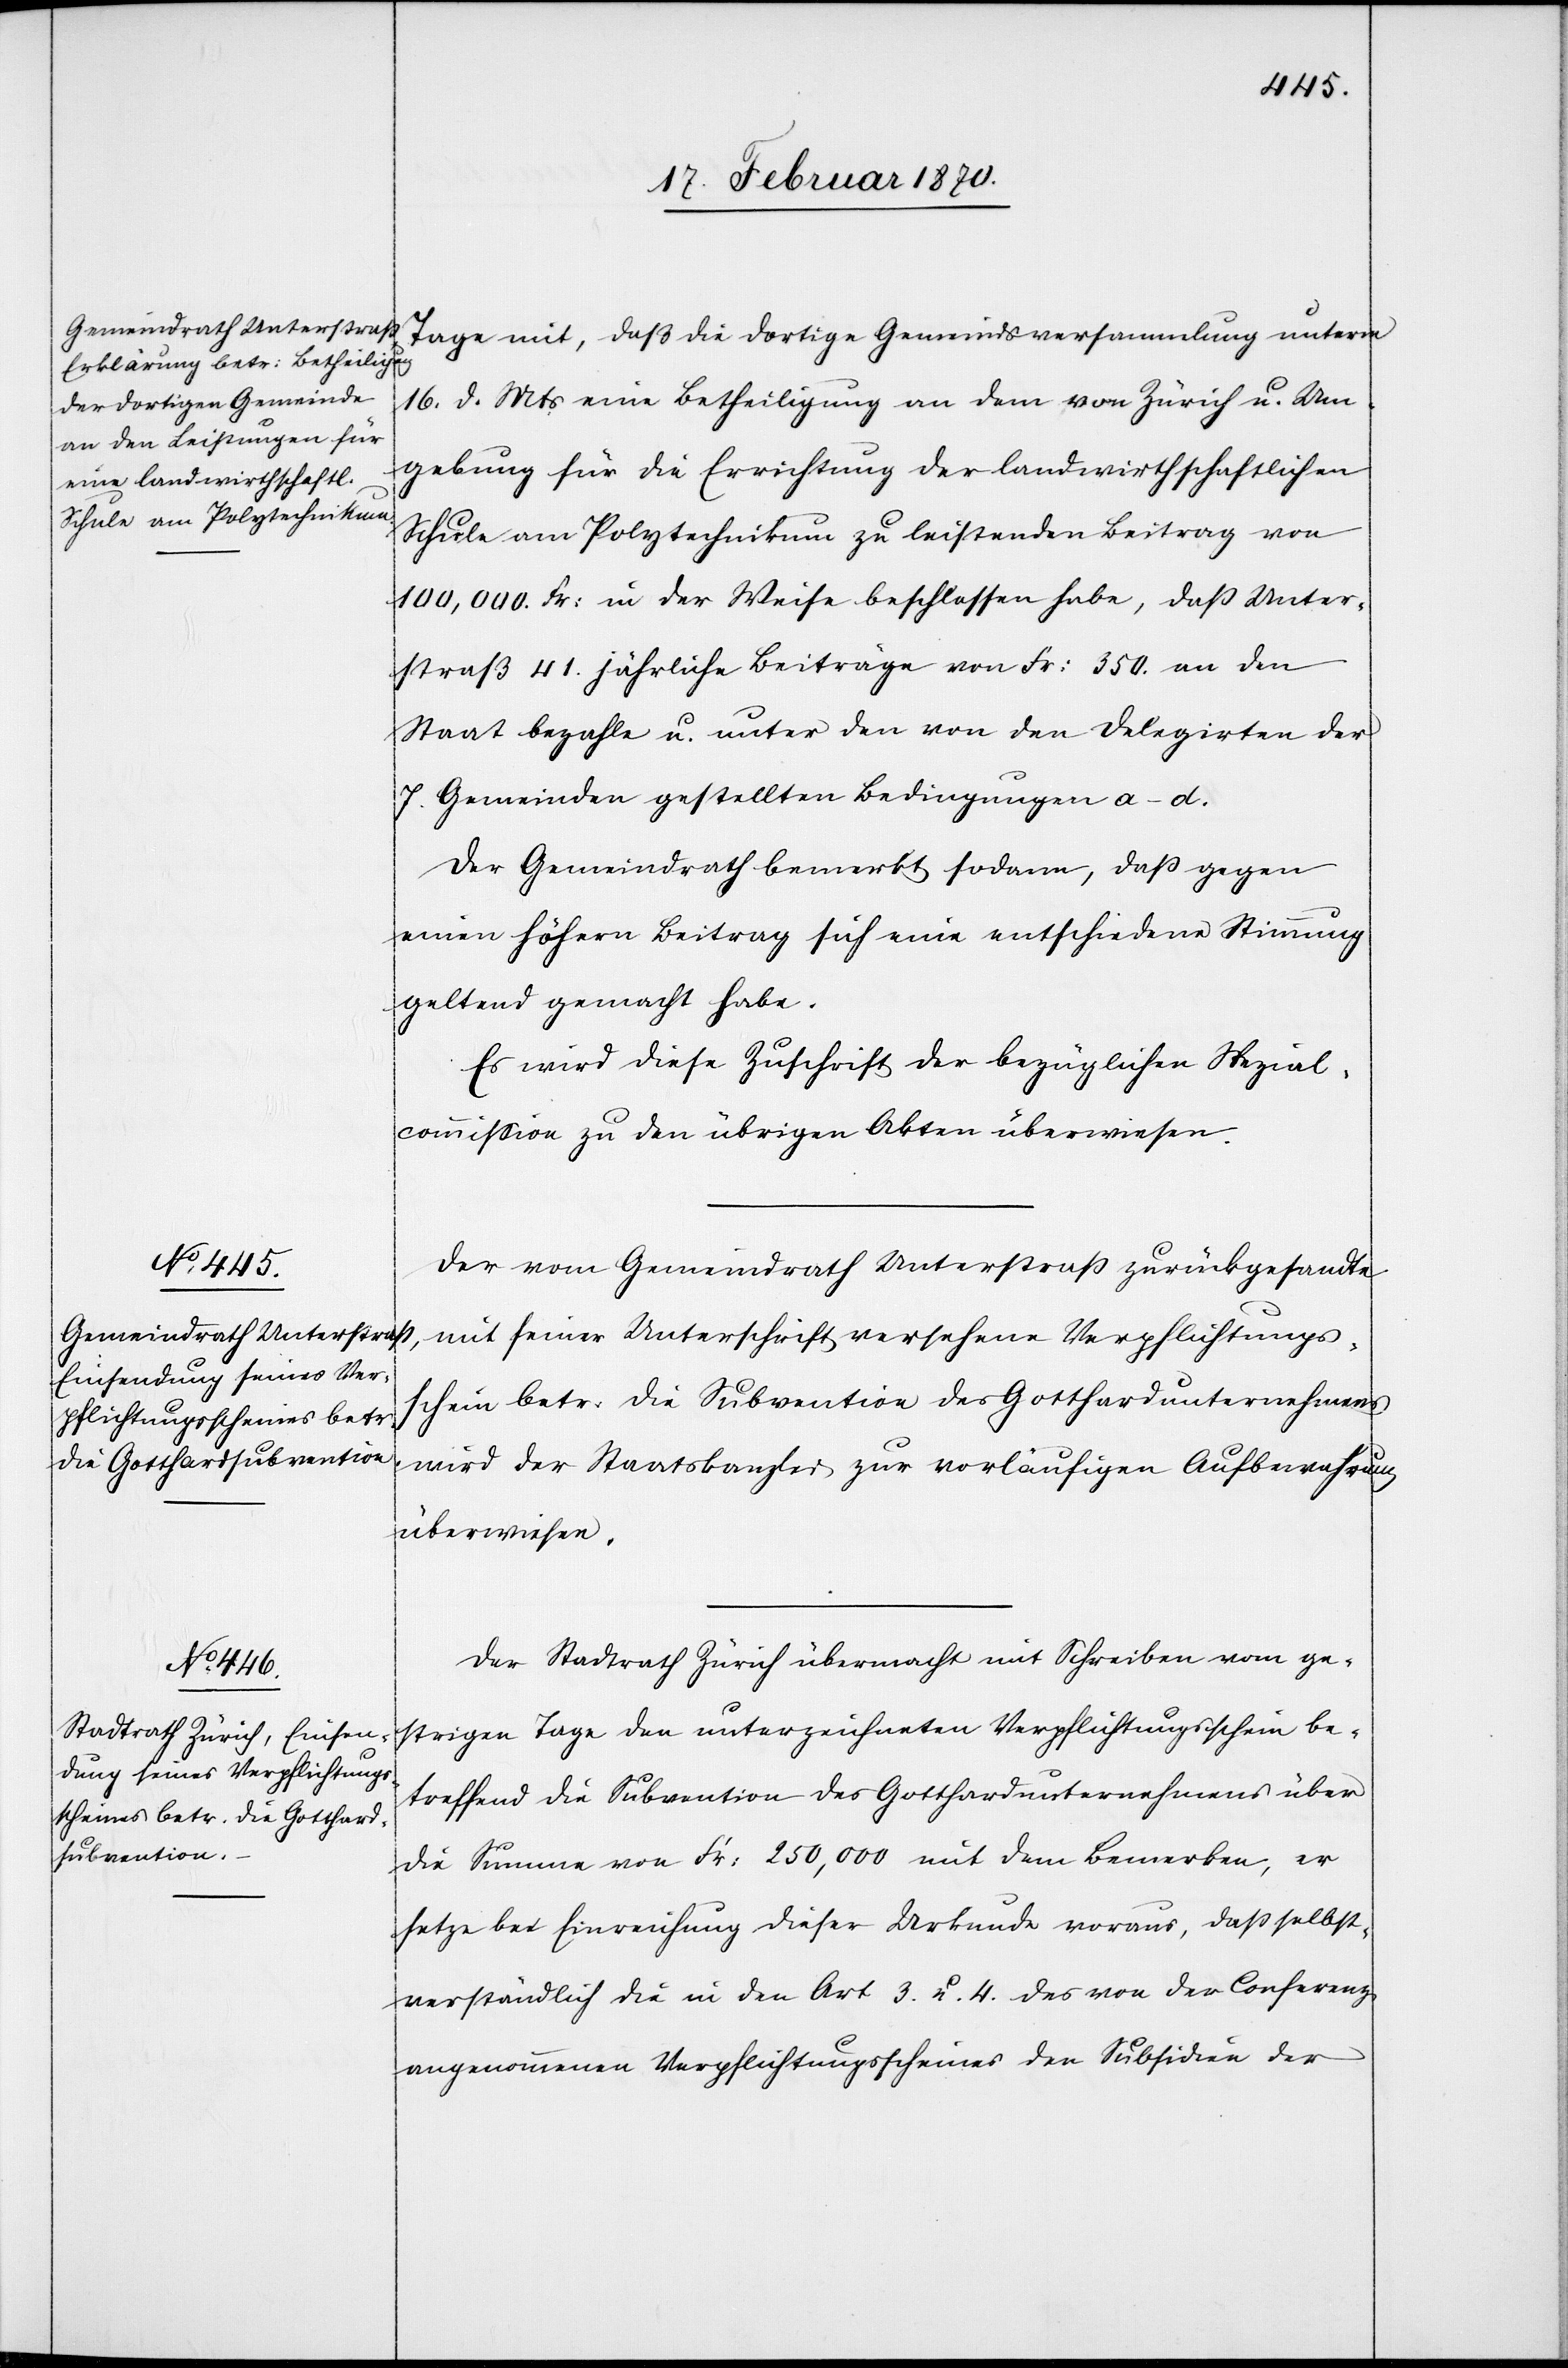
18 Februar 1870.]
Tage mit, daß die dortige Gemeindsversammlung unterm
16. d. Mts eine Betheiligung an dem von Zürich u. Um¬
gebung für die Errichtung der landwirthschaftlichen
Schule am Polytechnikum zu leistenden Beitrag von
100,000. Fr: in der Weise beschlossen habe, dass Unter¬
straß 41. jährliche Beiträge von Fr: 350. an den
Staat bezahle u. unter den von den Delegirten der
7. Gemeinden gestellten Bedingungen a–d.
Der Gemeindrath bemerkt sodann, dass gegen
einen höhern Beitrag sich eine entschiedene Stimmung
geltend gemacht habe.
Es wird diese Zuschrift der bezüglichen Spezial¬
commission zu den übrigen Akten überwiesen.
Der vom Gemeindrath Unterstrass zurückgesandte
mit seiner Unterschrift versehene Verpflichtungs¬
schein betr. die Subvention des Gotthardunternehmens
wird der Staatskanzlei zur vorläufigen Aufbewahrung
überwiesen.
Der Stadtrath Zürich übermacht mit Schreiben vom ge¬
strigen Tage den unterzeichneten Verpflichtungsschein be¬
treffend die Subvention des Gotthardunternehmens über
die Summe von Fr: 250,000 mit dem Bemerken, er
setze bei Einreichung dieser Urkunde voraus, dass selbst¬
verständlich die in den Art. 3. u. 4. des von der Conferenz
angenommenen Verpflichtungsscheines den Subsidien der